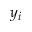
y _ { i }